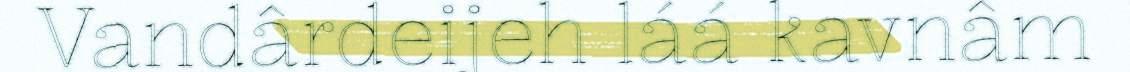
Vandârdeijeh láá kavnâm